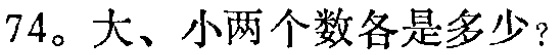
74。大、小两个数各是多少？